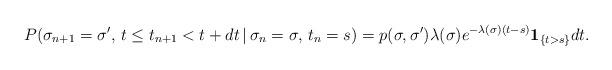
LaTeX: \begin{align*}P(\sigma_{n+1}=\sigma',\,t\le t_{n+1}<t+dt\,|\,\sigma_{n}=\sigma ,\,t_{n}=s)=p(\sigma,\sigma ')\lambda(\sigma)e^{-\lambda(\sigma)(t-s)}\mathbf 1_{\{t>s\}}dt.\end{align*}